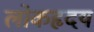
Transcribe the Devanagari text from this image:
लोकहृदय